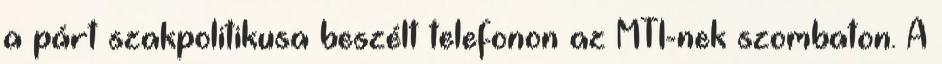
a párt szakpolitikusa beszélt telefonon az MTI-nek szombaton. A